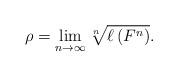
LaTeX: \begin{align*}\rho=\lim_{n\rightarrow\infty}\sqrt[n]{\ell\left( F^{n}\right) }.\end{align*}